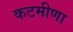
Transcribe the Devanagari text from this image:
कटमीणा